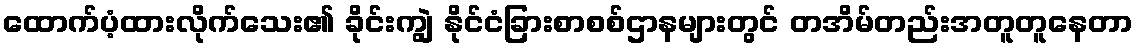
ထောက်ပံ့ထားလိုက်သေး၏ ခိုင်းကျွဲ နိုင်ငံခြားစာစစ်ဌာနများတွင် တအိမ်တည်းအတူတူနေတာ